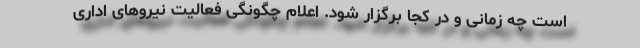
است چه زمانی و در کجا برگزار شود. اعلام چگونگی فعالیت نیروهای اداری